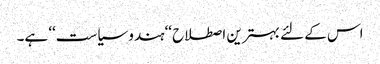
اس کے لئے بہترین اصطلاح ‘‘ہندو سیاست‘‘ ہے۔